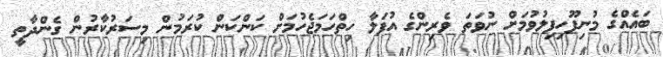
ބައެއްގެ މުނިފޫހިފިލުވުމަށް ނުވަތަ ވެރިންގެ އުފަލާ ހިތްހަމަޖެހުމަށް ކަންކަން ކުރަމުން މިސަރުކާރުން ގެންދާތީ